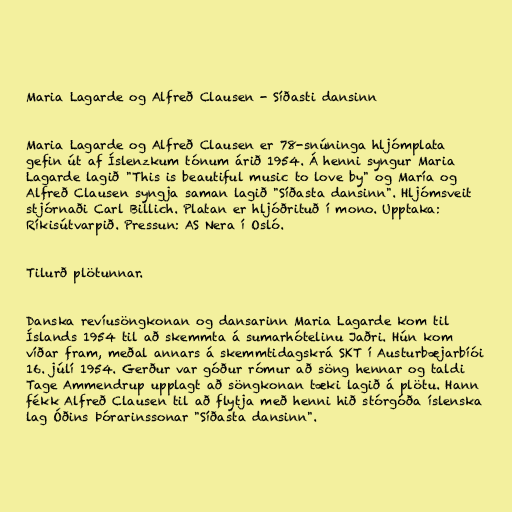
Maria Lagarde og Alfreð Clausen - Síðasti dansinn

Maria Lagarde og Alfreð Clausen er 78-snúninga hljómplata
gefin út af Íslenzkum tónum árið 1954. Á henni syngur Maria
Lagarde lagið "This is beautiful music to love by" og María og
Alfreð Clausen syngja saman lagið "Síðasta dansinn". Hljómsveit
stjórnaði Carl Billich. Platan er hljóðrituð í mono. Upptaka:
Ríkisútvarpið. Pressun: AS Nera í Osló.

Tilurð plötunnar.

Danska revíusöngkonan og dansarinn Maria Lagarde kom til
Íslands 1954 til að skemmta á sumarhótelinu Jaðri. Hún kom
víðar fram, meðal annars á skemmtidagskrá SKT í Austurbæjarbíói
16. júlí 1954. Gerður var góður rómur að söng hennar og taldi
Tage Ammendrup upplagt að söngkonan tæki lagið á plötu. Hann
fékk Alfreð Clausen til að flytja með henni hið stórgóða íslenska
lag Óðins Þórarinssonar "Síðasta dansinn".